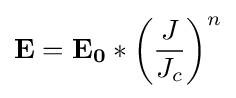
\mathbf {E} =\mathbf {E_{0}} *\left({\frac {J}{J_{c}}}\right)^{n}